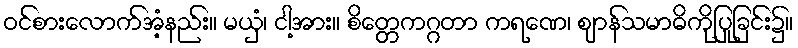
ဝင်စားလောက်အံ့နည်း။ မယှံ၊ ငါ့အား။ စိတ္တေကဂ္ဂတာ ကရဏေ၊ ဈာန်သမာဓိကိုပြုခြင်း၌။